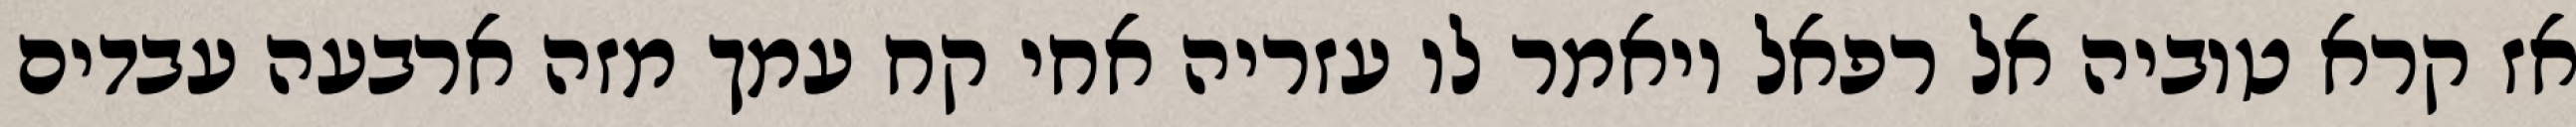
אז קרא טוביה אל רפאל ויאמר לו עזריה אחי קח עמך מזה ארבעה עבדים